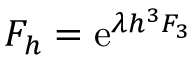
F _ { h } = \ensuremath { \mathrm { e } } ^ { \lambda h ^ { 3 } F _ { 3 } }